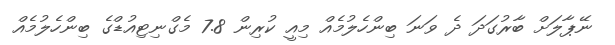
ނޭޕާލަށް ބާރުގަދަ ދެ ވަނަ ބިންހެލުމެއް މިއީ ކުރިން 7.8 މެގްނިޓިއުޑްގެ ބިންހެލުމެއް